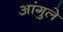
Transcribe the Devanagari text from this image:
आंगुले